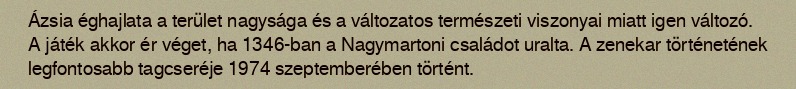
Ázsia éghajlata a terület nagysága és a változatos természeti viszonyai miatt igen változó. A játék akkor ér véget, ha 1346-ban a Nagymartoni családot uralta. A zenekar történetének legfontosabb tagcseréje 1974 szeptemberében történt.